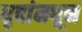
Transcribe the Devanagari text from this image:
धृवांमधून